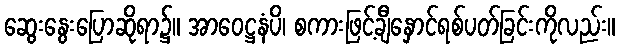
ဆွေးနွေးပြောဆိုရာ၌။ အာဝေဋ္ဌနံပိ၊ စကားဖြင့်ချီနှောင်ရစ်ပတ်ခြင်းကိုလည်း။